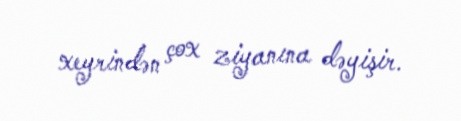
xeyrindən çox ziyanına dəyişir.